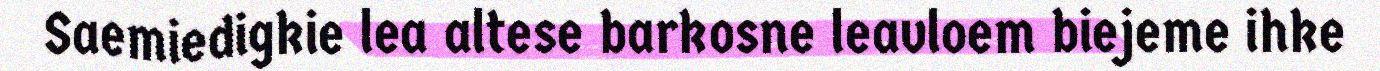
Saemiedigkie lea altese barkosne leavloem biejeme ihke